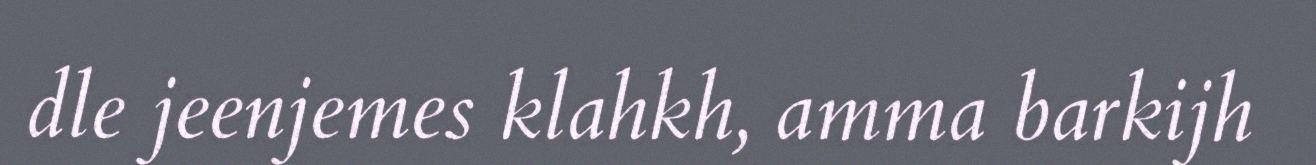
dle jeenjemes klahkh, amma barkijh